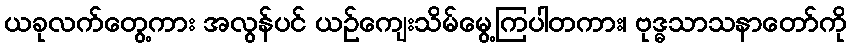
ယခုလက်တွေ့ကား အလွန်ပင် ယဉ်ကျေးသိမ်မွေ့ကြပါတကား၊ ဗုဒ္ဓသာသနာတော်ကို